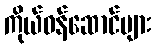
ကိုယ်ဝန်ဆောင်များ